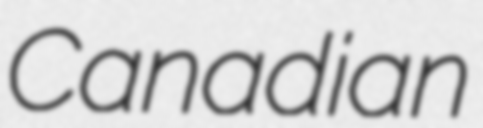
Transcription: Canadian